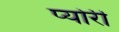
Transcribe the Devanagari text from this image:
प्योरी